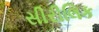
સીરીલિક